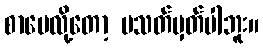
စာပေလို့တော့ မသတ်မှတ်ပါဘူး။